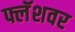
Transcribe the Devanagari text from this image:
फ्लॅशवर